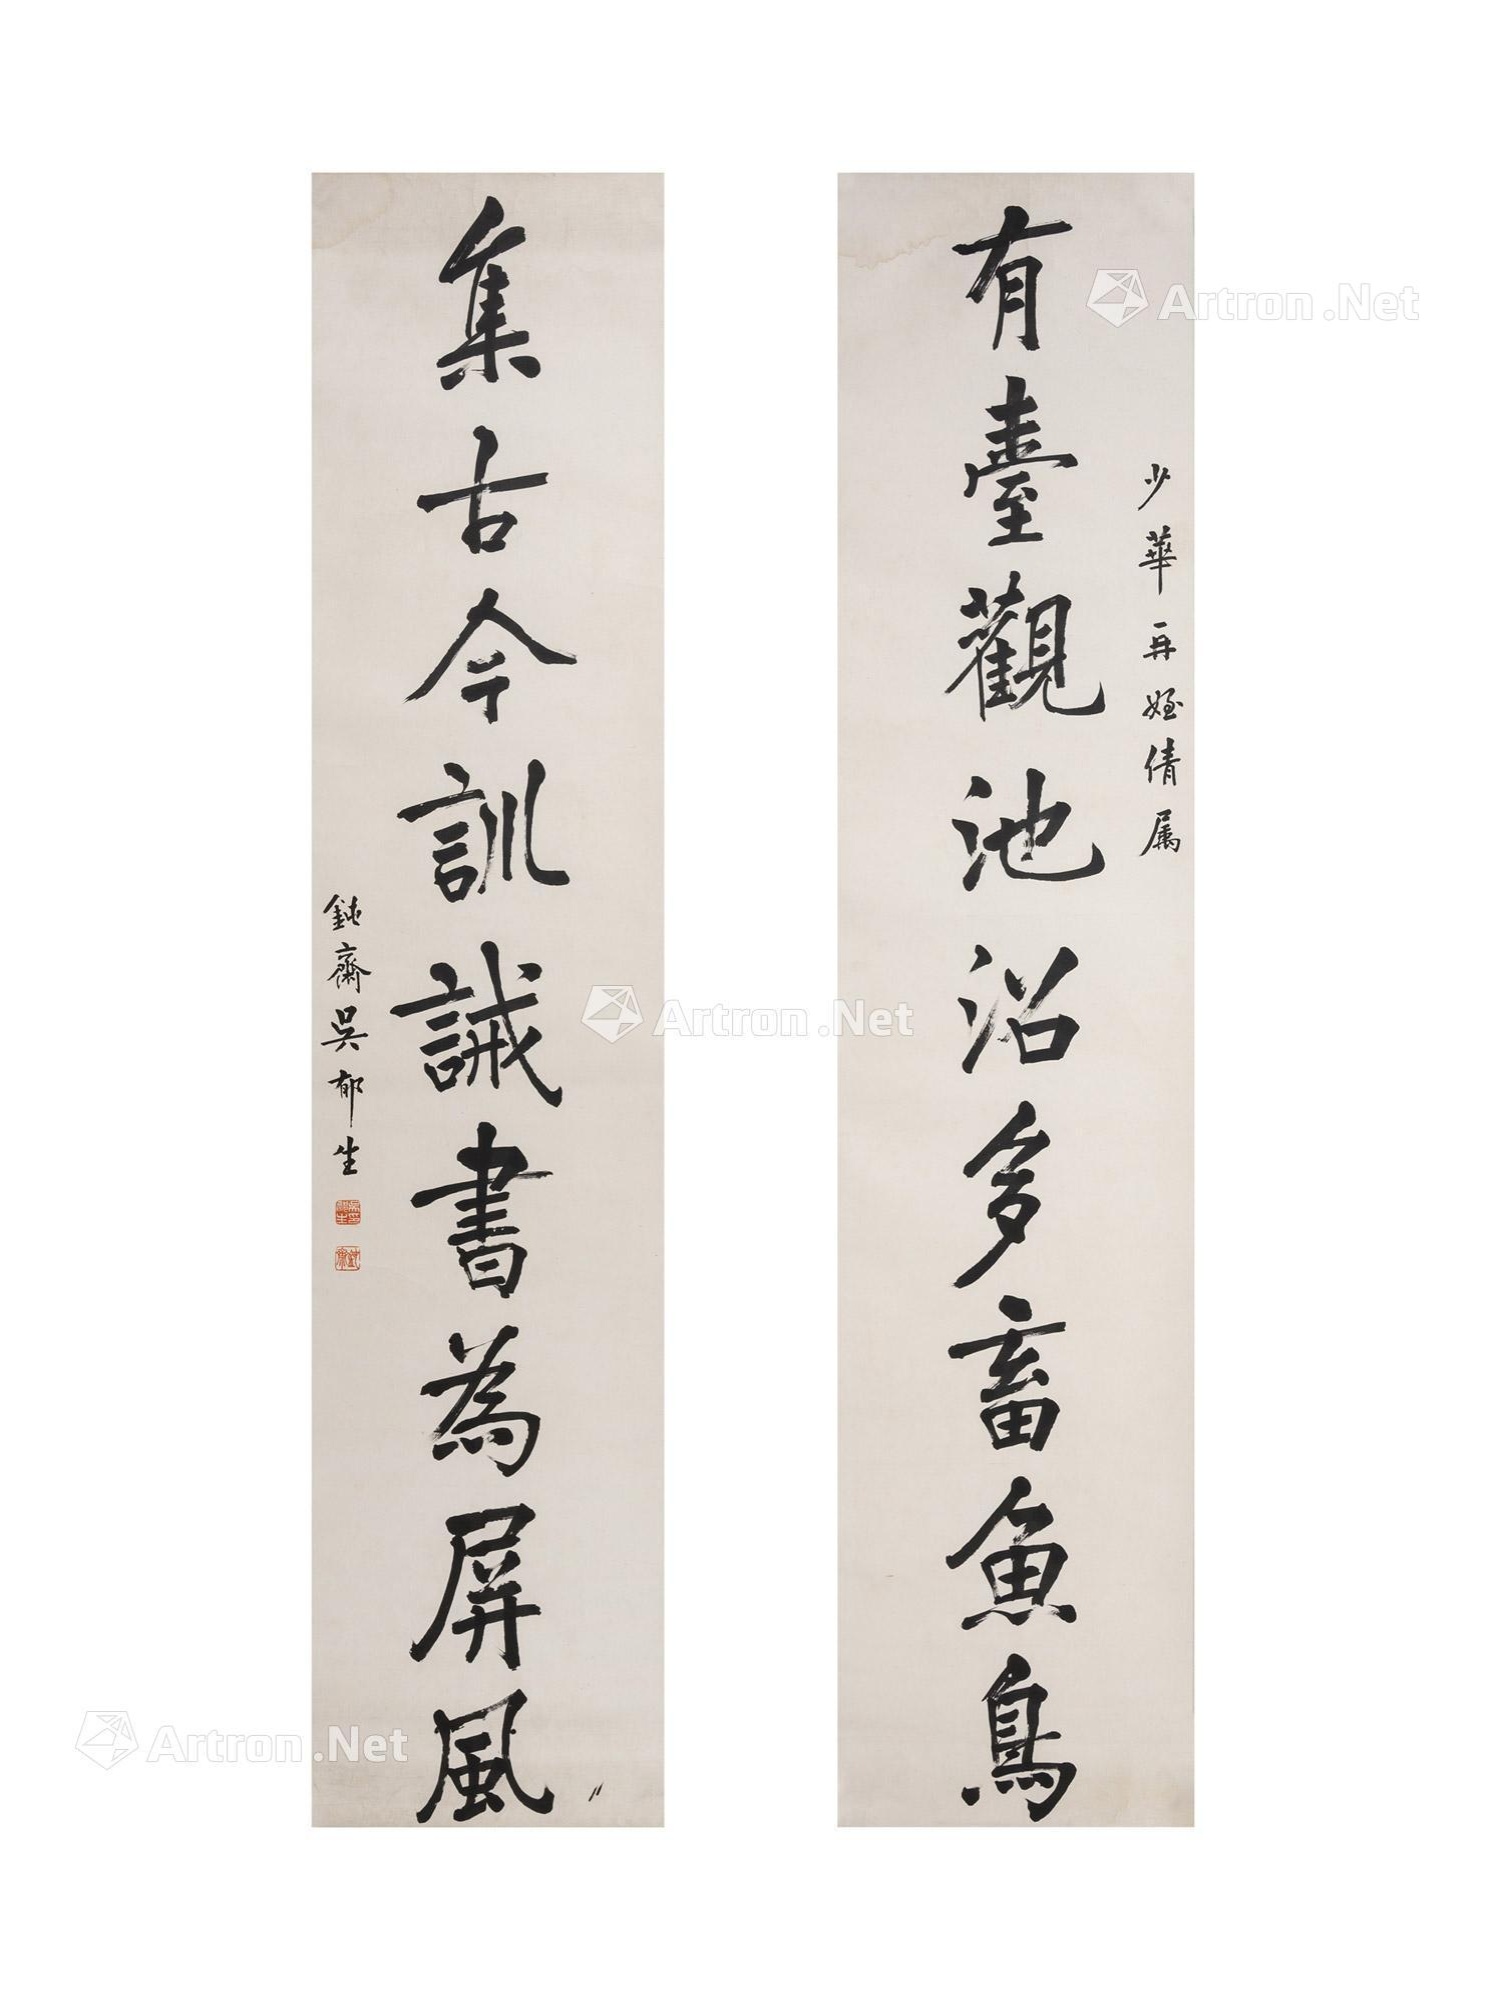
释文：有台观池沼多蓄鱼鸟，集古今训诫书为屏风少华再侄倩属，钝斋吴郁生。